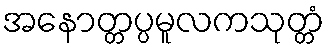
အနောတ္တပ္ပမူလကသုတ္တံ